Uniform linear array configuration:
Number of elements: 32
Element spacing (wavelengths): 1
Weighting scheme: binomial
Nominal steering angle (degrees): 45
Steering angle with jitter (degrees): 46.122
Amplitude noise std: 0.05
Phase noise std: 0.05

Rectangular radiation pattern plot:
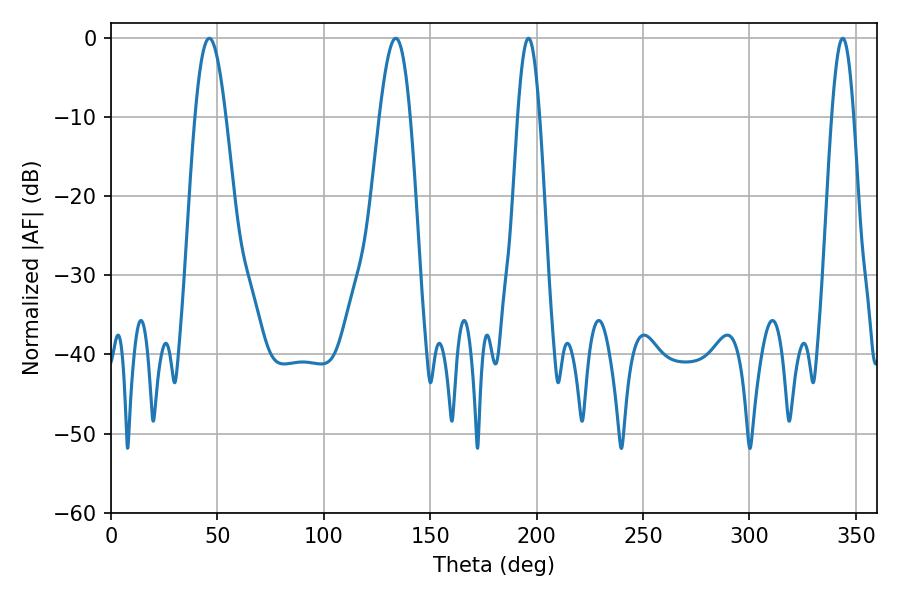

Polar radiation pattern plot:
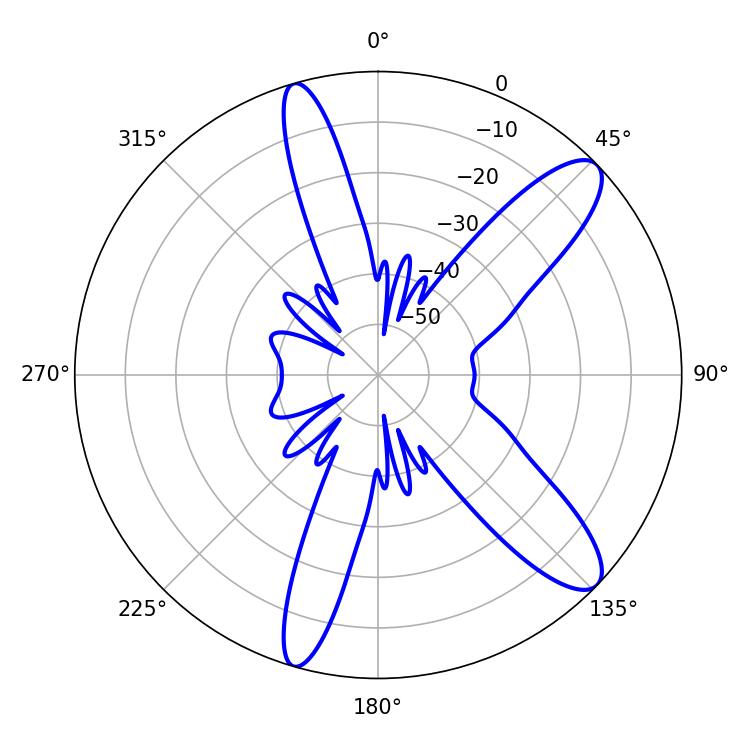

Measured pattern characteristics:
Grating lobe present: TRUE
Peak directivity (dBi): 11.065
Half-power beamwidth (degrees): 5.4
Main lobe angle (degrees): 196.2